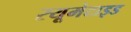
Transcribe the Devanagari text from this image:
रयूमेटाइड